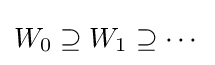
W_{0}\supseteq W_{1}\supseteq \cdots